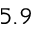
5 . 9